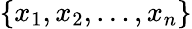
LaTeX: \{ x_{1},x_{2},\ldots,x_{n}\}